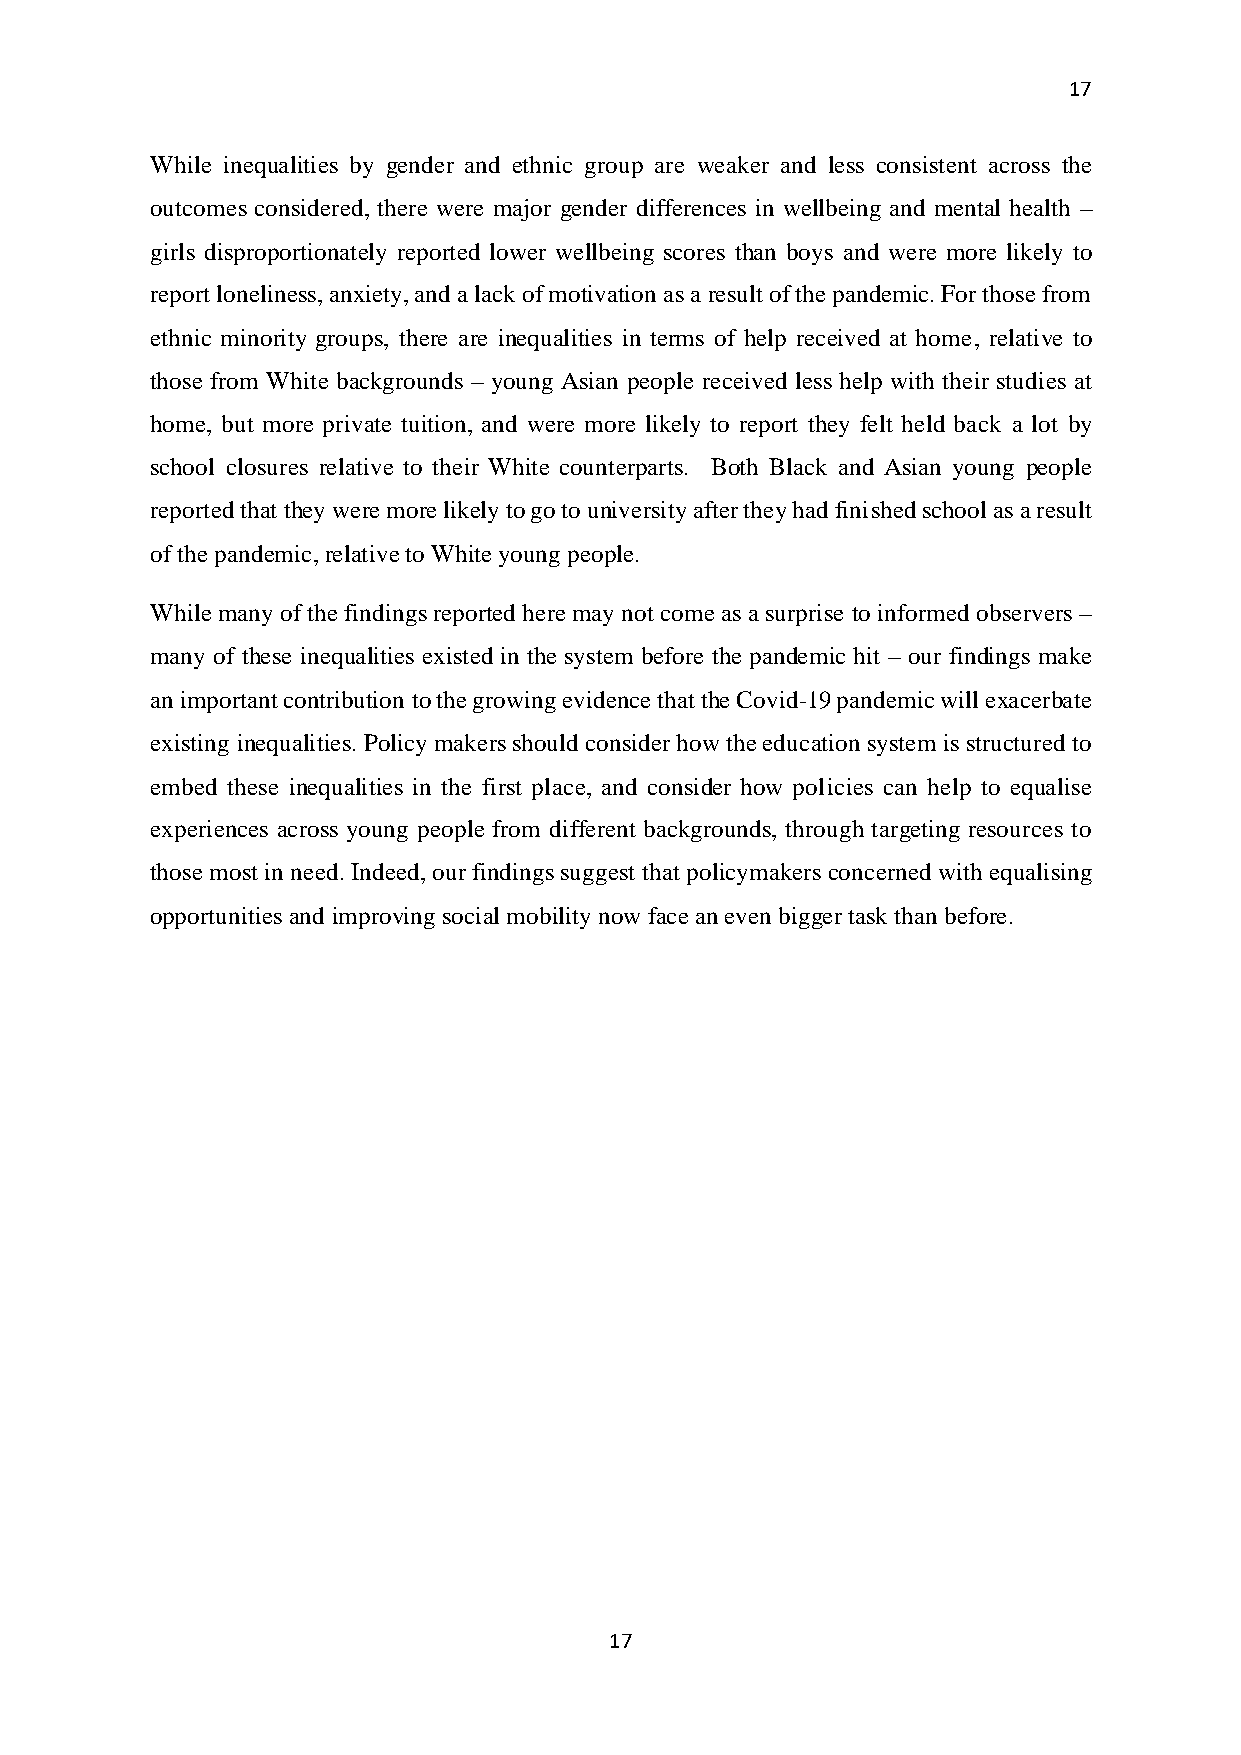
17
 While inequalities by gender and ethnic group are weaker and less consistent across the
 outcomes considered, there were major gender differences in wellbeing and mental health –
 girls disproportionately reported lower wellbeing scores than boys and were more likely to
 report loneliness, anxiety, and a lack of motivation as a result of the pandemic. For those from
 ethnic minority groups, there are inequalities in terms of help received at home, relative to
 those from White backgrounds – young Asian people received less help with their studies at
 home, but more private tuition, and were more likely to report they felt held back a lot by
 school closures relative to their White counterparts. Both Black and Asian young people
 reported that they were more likely to go to university after they had finished school as a result
 of the pandemic, relative to White young people.
 While many of the findings reported here may not come as a surprise to informed observers –
 many of these inequalities existed in the system before the pandemic hit – our findings make
 an important contribution to the growing evidence that the Covid-19 pandemic will exacerbate
 existing inequalities. Policy makers should consider how the education system is structured to
 embed these inequalities in the first place, and consider how policies can help to equalise
 experiences across young people from different backgrounds, through targeting resources to
 those most in need. Indeed, our findings suggest that policymakers concerned with equalising
 opportunities and improving social mobility now face an even bigger task than before.
 17